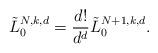
LaTeX: \begin{align*}\tilde{L}_{0}^{N,k,d}=\frac{d!}{d^{d}}\tilde{L}_{0}^{N+1,k,d}.\end{align*}